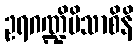
ဥရဂဏ္ဍိပိသာစိနိ